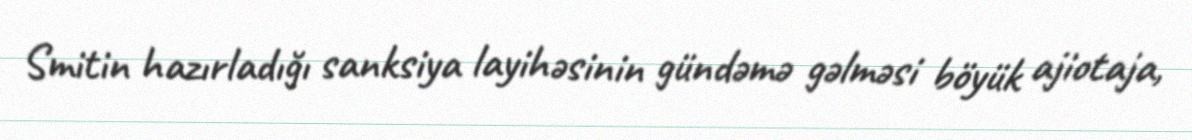
Smitin hazırladığı sanksiya layihəsinin gündəmə gəlməsi böyük ajiotaja,